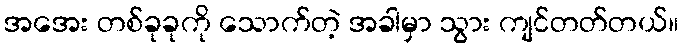
အအေး တစ်ခုခုကို သောက်တဲ့ အခါမှာ သွား ကျင်တတ်တယ်။